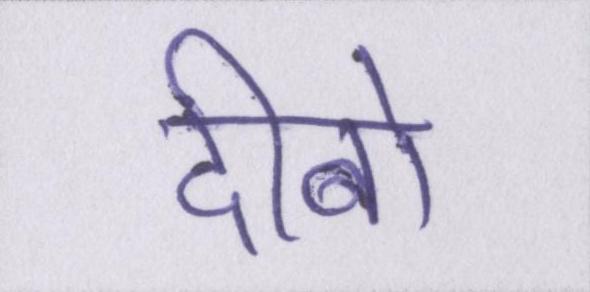
दीबो